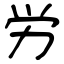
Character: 労